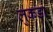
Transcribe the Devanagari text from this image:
लुकडा